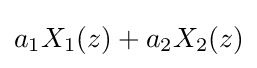
a_{1}X_{1}(z)+a_{2}X_{2}(z)